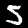
Label: 5